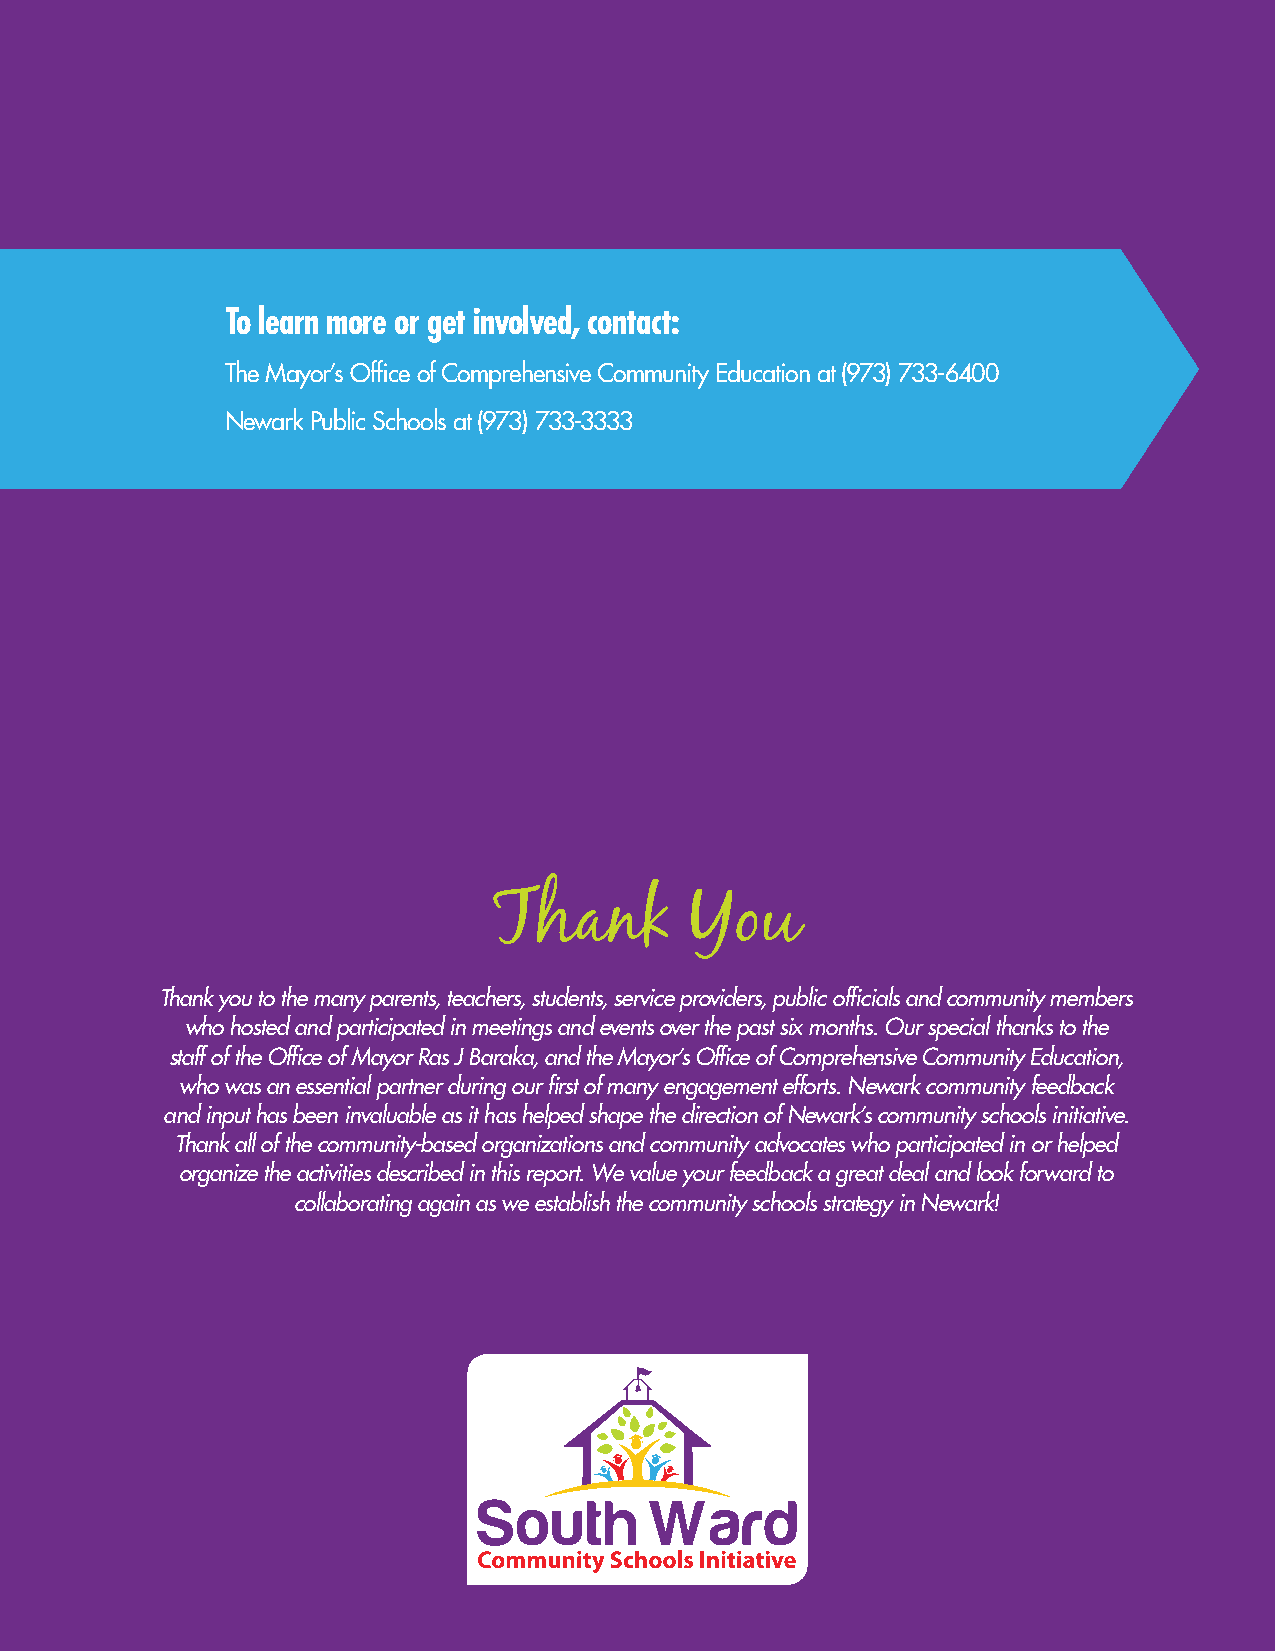
To learn more or get involved, contact:
 The Mayor’s Office of Comprehensive Community Education at (973) 733-6400
 Newark Public Schools at (973) 733-3333
 Thank        You
 Thank you to the many parents, teachers, students, service providers, public officials and community members
 who hosted and participated in meetings and events over the past six months. Our special thanks to the
 staff of the Office of Mayor Ras J Baraka, and the Mayor’s Office of Comprehensive Community Education,
 who was an essential partner during our first of many engagement efforts. Newark community feedback
 and input has been invaluable as it has helped shape the direction of Newark’s community schools initiative.
 Thank all of the community-based organizations and community advocates who participated in or helped
 organize the activities described in this report. We value your feedback a great deal and look forward to
 collaborating again as we establish the community schools strategy in Newark!